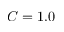
C = 1 . 0